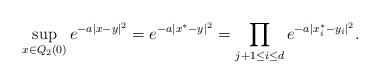
LaTeX: \begin{align*}\sup_{x\in Q_2(0)}e^{-a|x-y|^2}=e^{-a|x^*-y|^2}=\prod_{j+1\leq i\leq d}e^{-a|x_i^*-y_i|^2}.\end{align*}